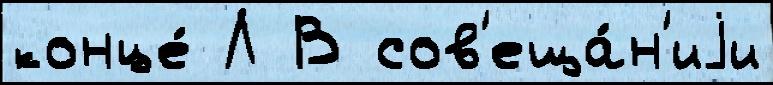
конце́ Л В сов'еща́н'иjи